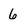
Character: 6